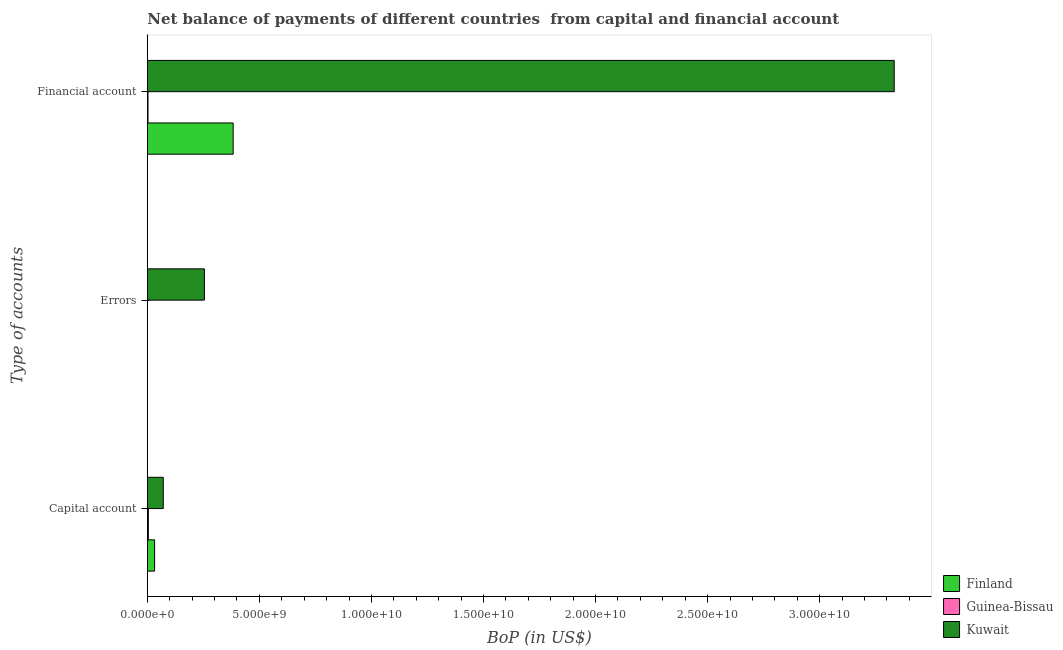
| Type of accounts | Finland | Guinea-Bissau | Kuwait |
 | --- | --- | --- | --- |
 | Capital account | 3.24e+08 | 4.54e+07 | 7.1e+08 |
 | Errors | -4.28e+09 | -5.3e+06 | 2.55e+09 |
 | Financial account | 3.83e+09 | 2.96e+07 | 3.33e+10 |